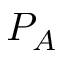
P _ { A }